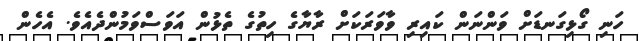
ހަނި ގޯޅިގަނޑަށް ވަންނަން ކައިރި ވާވަރަކަށް ރާޔާގެ ހިތުގެ ތެޅުން އަވަސްވަމުންދެއެވެ. އެހެން